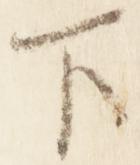
下